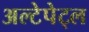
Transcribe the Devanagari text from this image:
अल्टेपेट्ल